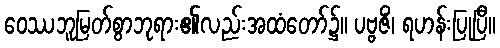
ဝေဿဘူမြတ်စွာဘုရား၏လည်းအထံတော်၌။ ပဗ္ဗဇိံ၊ ရဟန်းပြုပြီ။